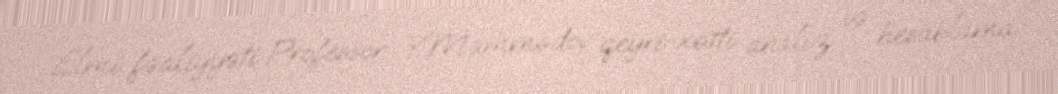
Elmi fəaliyyəti Professor Y.Məmmədov qeyri-xətti analiz və hesablama